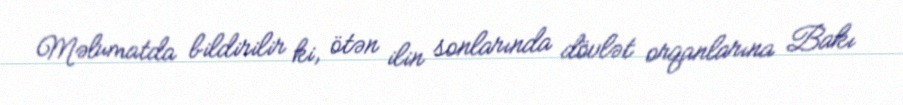
Məlumatda bildirilir ki, ötən ilin sonlarında dövlət orqanlarına Bakı